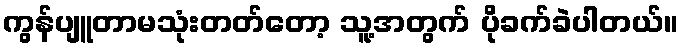
ကွန်ပျူတာမသုံးတတ်တော့ သူ့အတွက် ပိုခက်ခဲပါတယ်။